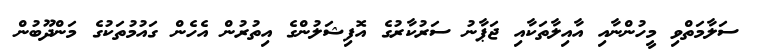
ސަލާމަތްވި މީހުންނާއި އާއިލާތަކާއި ޖަޕާނު ސަރުކާރުގެ އޮފިޝަލުންގެ އިތުރުން އެހެން ގައުމުތަކުގެ މަންދޫބުން